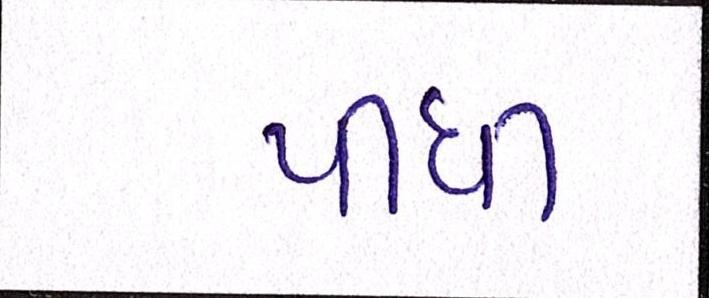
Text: પીધી